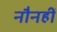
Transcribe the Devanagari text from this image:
नौनहीं